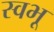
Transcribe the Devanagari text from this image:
स्वभू